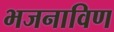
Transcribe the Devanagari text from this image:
भजनाविण